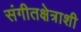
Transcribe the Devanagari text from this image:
संगीतक्षेत्राशी